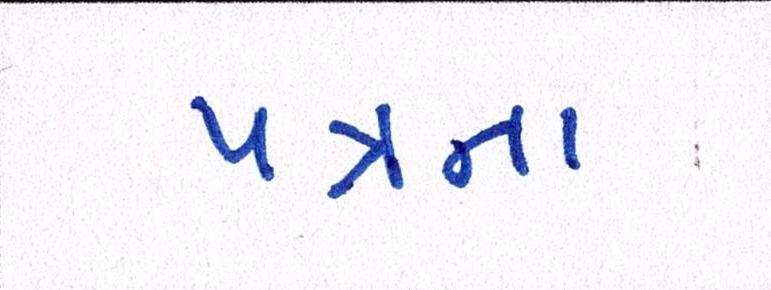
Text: પત્રના